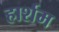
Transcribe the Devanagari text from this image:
हार्शम